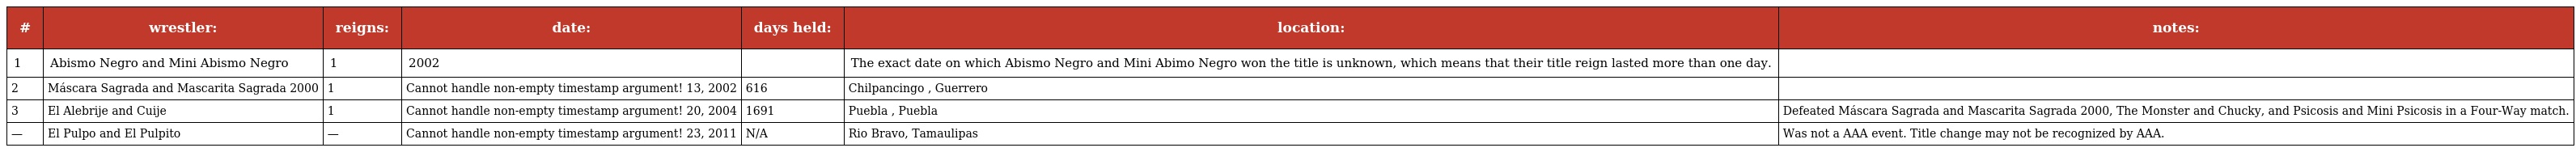
| # | wrestler: | reigns: | date: | days held: | location: | notes: |
 | --- | --- | --- | --- | --- | --- | --- |
 | 1 | Abismo Negro and Mini Abismo Negro | 1 | 2002 |  | The exact date on which Abismo Negro and Mini Abimo Negro won the title is unknown, which means that their title reign lasted more than one day. |  |
 | 2 | Máscara Sagrada and Mascarita Sagrada 2000 | 1 | Cannot handle non-empty timestamp argument! 13, 2002 | 616 | Chilpancingo , Guerrero |  |
 | 3 | El Alebrije and Cuije | 1 | Cannot handle non-empty timestamp argument! 20, 2004 | 1691 | Puebla , Puebla | Defeated Máscara Sagrada and Mascarita Sagrada 2000, The Monster and Chucky, and Psicosis and Mini Psicosis in a Four-Way match. |
 | — | El Pulpo and El Pulpito | — | Cannot handle non-empty timestamp argument! 23, 2011 | N/A | Rio Bravo, Tamaulipas | Was not a AAA event. Title change may not be recognized by AAA. |